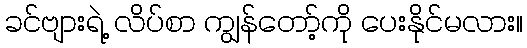
ခင်ဗျားရဲ့ လိပ်စာ ကျွန်တော့်ကို ပေးနိုင်မလား။